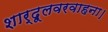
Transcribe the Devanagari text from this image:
शार्दूलवरवाहना।